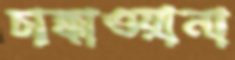
চাক্কাওয়ালা